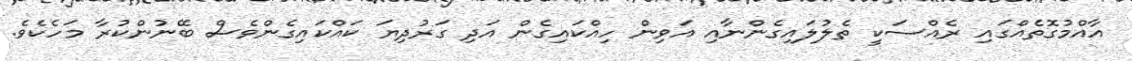
އާއްމުގޮތެއްގައި ރެއްސަކީ ތެލުލައިގެންނާއި އަވިން ހިއްކައިގެން އަދި ގަރުދިޔަ ކައްކައިގެންވެސް ބޭނުންކުރާ މަހެކެވެ.